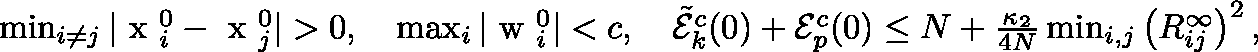
\begin{array} { r } { \operatorname* { m i n } _ { i \neq j } | \mathrm { \boldmath ~ x ~ } _ { i } ^ { 0 } - \mathrm { \boldmath ~ x ~ } _ { j } ^ { 0 } | > 0 , \quad \operatorname* { m a x } _ { i } | \mathrm { \boldmath ~ w ~ } _ { i } ^ { 0 } | < c , \quad \tilde { \mathcal { E } } _ { k } ^ { c } ( 0 ) + \mathcal { E } _ { p } ^ { c } ( 0 ) \leq N + \frac { \kappa _ { 2 } } { 4 N } \operatorname* { m i n } _ { i , j } \left( R _ { i j } ^ { \infty } \right) ^ { 2 } , } \end{array}